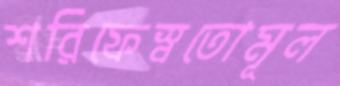
শরিফেস্বতোমূল